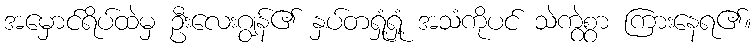
အမှောင်ရိပ်ထဲမှ ဦးလေးဂျွန်၏ နှပ်တရှုံ့ရှုံ့ အသံကိုပင် သဲကွဲစွာ ကြားနေရ၏။